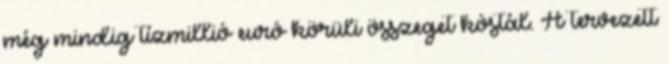
még mindig tízmillió euró körüli összeget kóstál. A tervezett